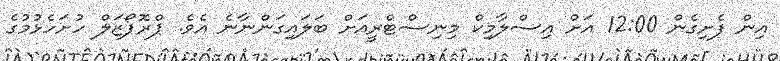
އިން ފެށިގެން 12:00 އަށް އިސްލާމިކް މިނިސްޓްރީއަށް ބަލައިގަންނާނެ އެވެ. ޕްރޮޕޯޒަލް ހުށަހެޅުމުގެ